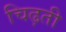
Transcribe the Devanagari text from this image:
चिढ़ती